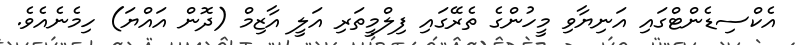
އެކްސިޑެންޓްގައި އަނިޔާވި މީހުންގެ ތެރޭގައި ފިލްމީތަރި އަލީ އާޒިމް (ދޮން އައްޔަ) ހިމެނެއެވެ.